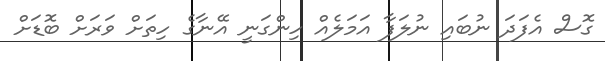
ގޮސް އެފަދަ ނުބައި ނުލަފާ އަމަލެއް ހިންގަނީ އޭނާގެ ހިތަށް ވަރަށް ބޮޑަށް